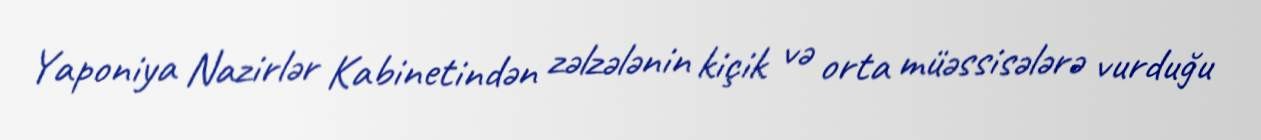
Yaponiya Nazirlər Kabinetindən zəlzələnin kiçik və orta müəssisələrə vurduğu